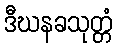
ဒီဃနခသုတ္တံ